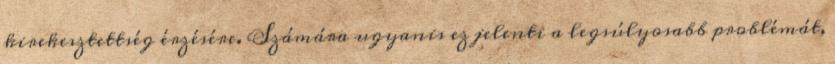
kirekesztettség érzésére. Számára ugyanis ez jelenti a legsúlyosabb problémát,